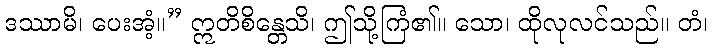
ဒဿာမိ၊ ပေးအံ့။” ဣတိစိန္တေသိ၊ ဤသို့ကြံ၏။ သော၊ ထိုလုလင်သည်။ တံ၊